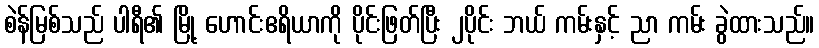
စဲန်မြစ်သည် ပါရီ၏ မြို့ ဟောင်းဧရိယာကို ပိုင်းဖြတ်ပြီး ၂ပိုင်း ဘယ် ကမ်းနှင့် ညာ ကမ်း ခွဲထားသည်။